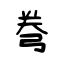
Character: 弮